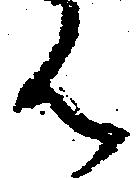
ん